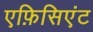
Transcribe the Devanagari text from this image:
एफ़िसिएंट